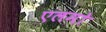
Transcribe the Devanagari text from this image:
एलमो